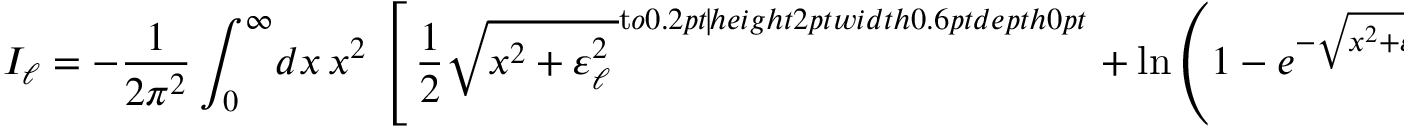
I _ { \ell } = - { \frac { 1 } { 2 \pi ^ { 2 } } } \int _ { 0 } ^ { \infty } \! d x \, x ^ { 2 } \, \left[ \, { \frac { 1 } { 2 } } \sqrt { { x ^ { 2 } + \varepsilon _ { \ell } ^ { 2 } } \, } ^ { \mathrm { t } o 0 . 2 p t { \hss \vrule h e i g h t 2 p t w i d t h 0 . 6 p t d e p t h 0 p t } \; \! } + \ln \left( 1 - e ^ { - \sqrt { { x ^ { 2 } + \varepsilon _ { \ell } ^ { 2 } } \, } ^ { \mathrm { t } o 0 . 2 p t { \hss \vrule h e i g h t 2 p t w i d t h 0 . 6 p t d e p t h 0 p t } \; \! } } \right) \, \right] \, \quad , \quad \varepsilon _ { \ell } \equiv \beta m _ { \ell } \; \; . \; \;